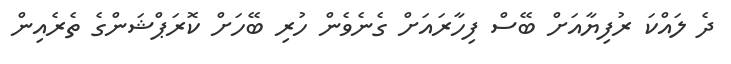
ދެ ލައްކަ ރުފިޔާއަށް ބޭސް ފިހާރައަށް ގެނެވެން ހުރި ބޭހަށް ކޮރަޕްޝަންގެ ތެރެއިން